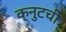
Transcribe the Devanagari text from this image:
क्नुटची